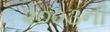
૨૦૦૩ની